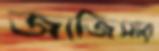
জাজিসার